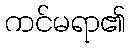
ကင်မရာ၏